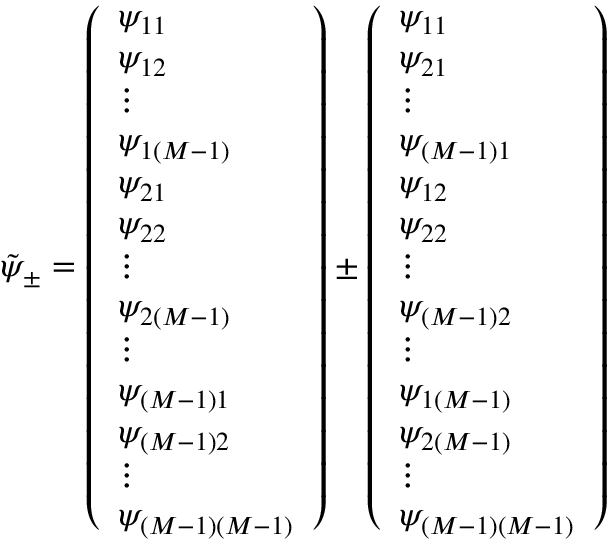
\tilde { \psi } _ { \pm } = \left( \begin{array} { l } { \psi _ { 1 1 } } \\ { \psi _ { 1 2 } } \\ { \vdots } \\ { \psi _ { 1 \left( M - 1 \right) } } \\ { \psi _ { 2 1 } } \\ { \psi _ { 2 2 } } \\ { \vdots } \\ { \psi _ { 2 \left( M - 1 \right) } } \\ { \vdots } \\ { \psi _ { \left( M - 1 \right) 1 } } \\ { \psi _ { \left( M - 1 \right) 2 } } \\ { \vdots } \\ { \psi _ { \left( M - 1 \right) \left( M - 1 \right) } } \end{array} \right) \pm \left( \begin{array} { l } { \psi _ { 1 1 } } \\ { \psi _ { 2 1 } } \\ { \vdots } \\ { \psi _ { \left( M - 1 \right) 1 } } \\ { \psi _ { 1 2 } } \\ { \psi _ { 2 2 } } \\ { \vdots } \\ { \psi _ { \left( M - 1 \right) 2 } } \\ { \vdots } \\ { \psi _ { 1 \left( M - 1 \right) } } \\ { \psi _ { 2 \left( M - 1 \right) } } \\ { \vdots } \\ { \psi _ { \left( M - 1 \right) \left( M - 1 \right) } } \end{array} \right)